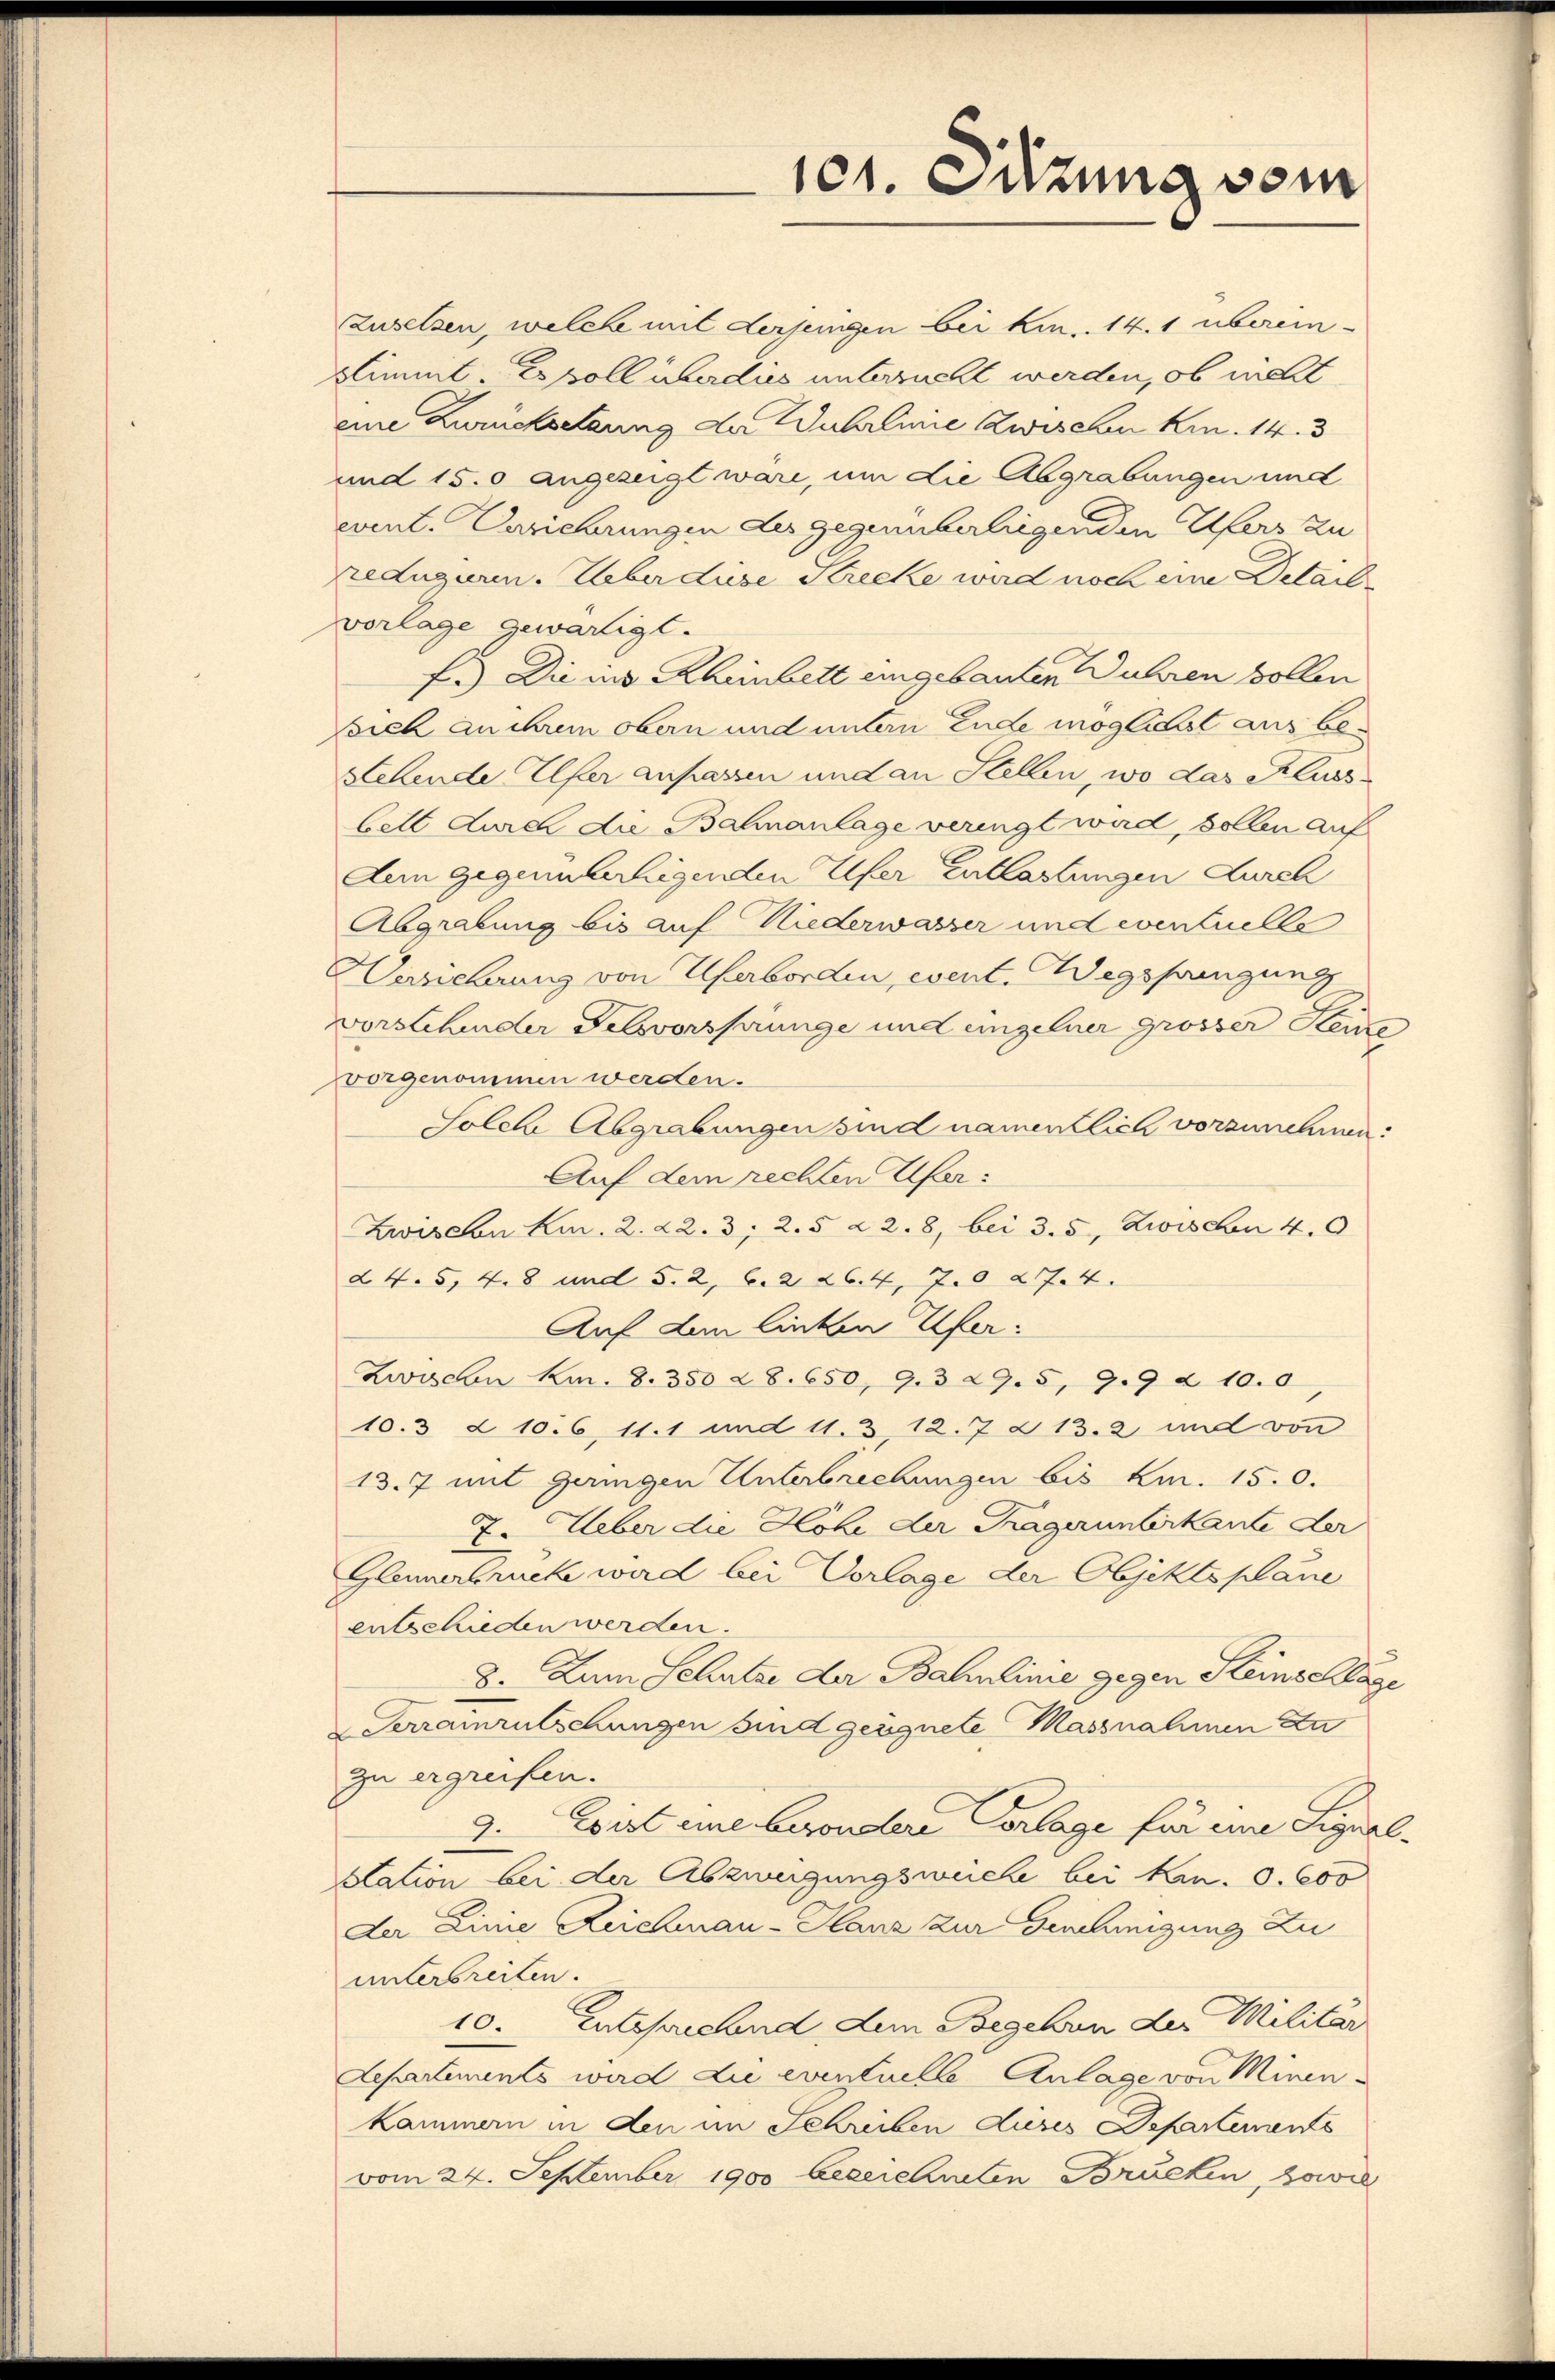
zusetzen, welche mit derjenigen bei kin, 14.1 überein-
Stimmt-Apoll überdies untersucht werden, ob nicht
eine Zwecksetzung der Wahrlinie Zwischen kn. 14. 3
und 150 angezeigt wäre, um die Abgrabungen und
event. Bericherungen des gegenüberliegenden Ufers zu
edugieren. Ueber diese Strecke wird noch eine Detail
vorlage gewärtigt.
f.) Die ins Rheinbett eingebauten Jahren sollen
Borck an ihrem obern und untern Ende möglichst aus be¬
Lehende Elfer anfassen und an Stellen, wo das Flussbett durch die Bahnanlage veringt wird, sollen auf
Aen gegenüberliegenden Ufer Entlastungen durch
Abgrabung bis auf Niederwasser und eventuelle
ersicherung von Uferborden, event. Wegspringung
vorstehender Felsvorsprünge und eingelner grösser Steine
vorgenommen werden.
Solche Abgrabungen sind namentlich vorzunehmen:
Auf dem rechten Ufer:
Zwischen Kur. 2. 22. 3; 2. 5 à 2. 8, bei 3. 5, Zwischen 40
§ 45, 48 und §. 2. l. 2 264, 7. 274.
Auf dem linken Ufer.
Zwischen Km. 8. 350 & 8. 650, 9.d 29. 5, 9. 9 & 10.0
10.3 & 106, 111 und 11. 312. 7 § 13. 2 und von
13.7 mit geringen Unterbrechungen bis Km. 150.
7. Ueber die Höhe der Kragerunterkante der
Gleimerbrücke wird bei Vorlage der Objektsplane
entschieden werden.
8. Zum Schutze der Bahnlinie gegen Steinschläge
Serrainrutschungen sind geügnete Massnahmen zu
zu ergreifen.
2. Es ist eine besondere Vorlage für eine Signal¬
Station bei der Abzweigungsweiche bei kan. S. 600
Der Linie Reichmau-Hanz zur Genehmigung Zu
unterbreiten.
10. Entsprechend dem Begehen der Militär
Separtements wird die eventuelle Anlage von Minen-
kammern in den im Schreiben dieses Departements
vom 24. September 1900 bezeichinten Brücken, sowie

101. Sitzung vom